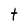
Character: t